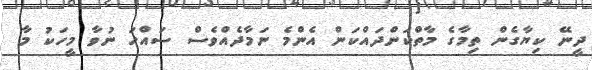
ދީނޭ ކިޔާގެން ތިމާގެ މާތްކަންދައްކަން އެންމެ ނަމާދެއްވެސް ސައްހަ ނުވާ މީހަކު މާ